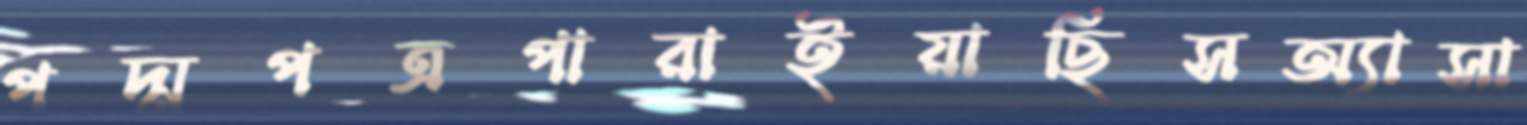
পদ্মপত্রপারাইয়াছিসঅ্যাসা